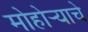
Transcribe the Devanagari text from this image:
मोहोर्‍याचे